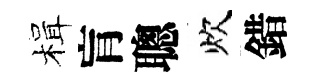
楫肓聰炊錯